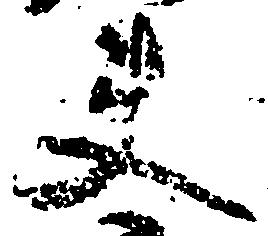
夫